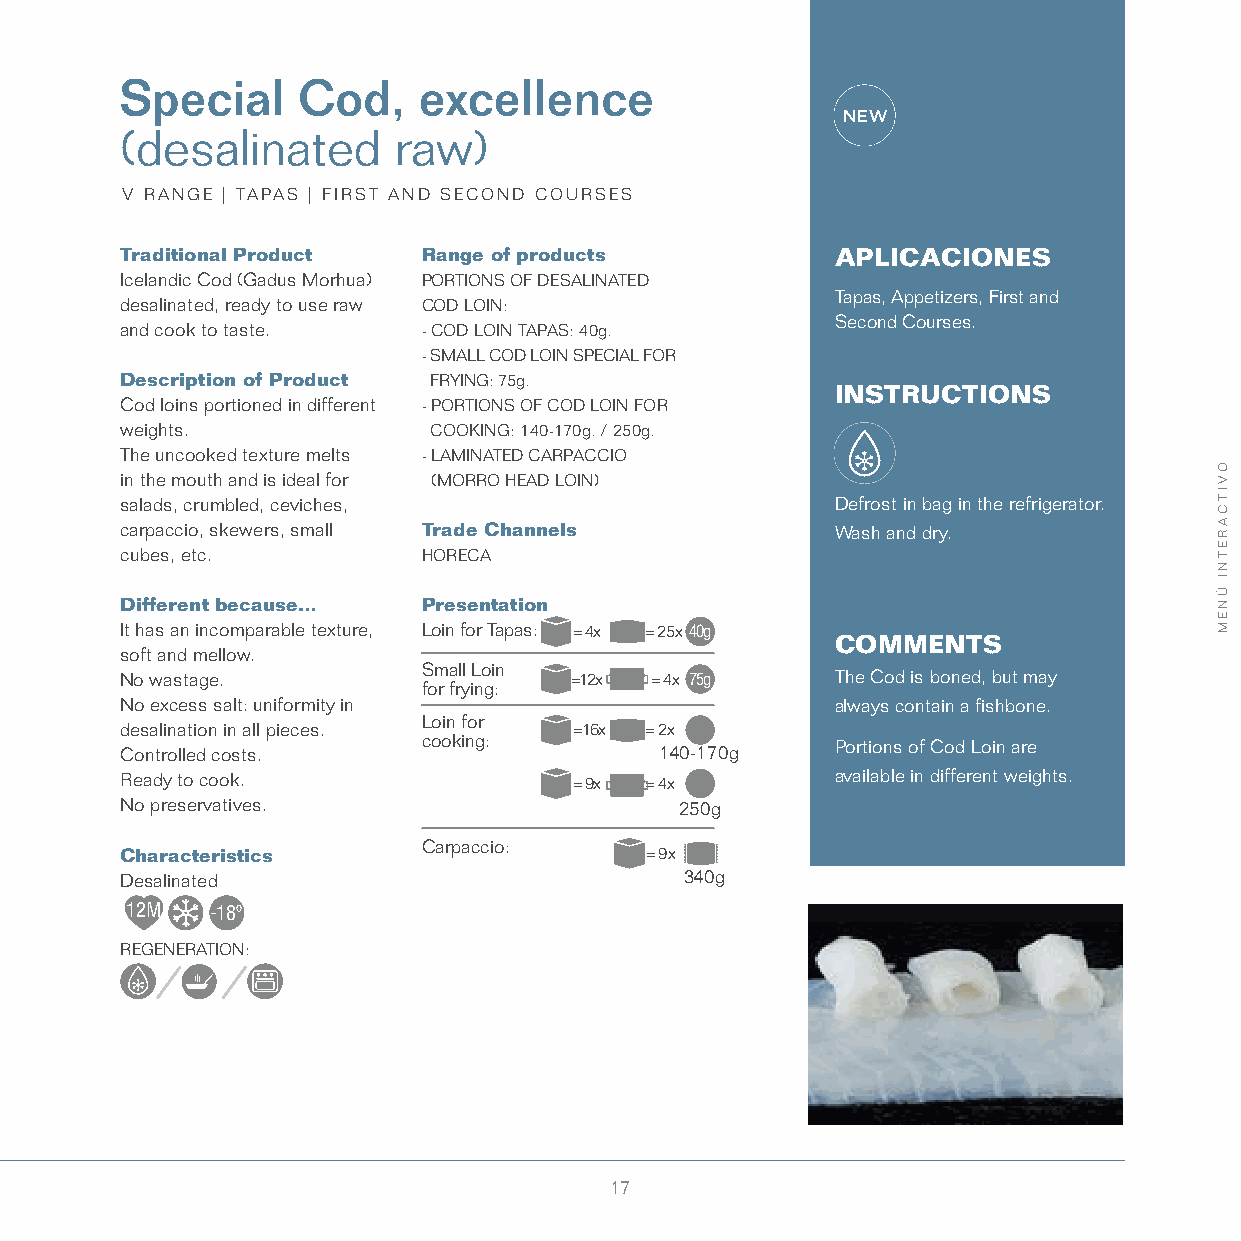
Special     Cod,    excellence
 (desalinated      raw)
 V RANGE | TAPAS | FIRST AND SECOND COURSES
 Traditional Product Range of products          APLICACIONES
 Icelandic Cod (Gadus Morhua) PORTIONS OF DESALINATED
 Tapas, Appetizers, First and
 desalinated, ready to use raw COD LOIN:
 Second Courses.
 and cook to taste.  - COD LOIN TAPAS: 40g.
 - SMALL COD LOIN SPECIAL FOR
 Description of Product FRYING: 75g.
 INSTRUCTIONS
 Cod loins portioned in different - PORTIONS OF COD LOIN FOR
 weights.             COOKING: 140-170g. / 250g.
 The uncooked texture melts - LAMINATED CARPACCIO
 in the mouth and is ideal for (MORRO HEAD LOIN)
 salads, crumbled, ceviches,                    Defrost in bag in the refrigerator.
 carpaccio, skewers, small Trade Channels       Wash and dry.
 cubes, etc.         HORECA
 Different because…  Presentation
 It has an incomparable texture, Loin for Tapas: = 4x = 25x 40g
 COMMENTS
 soft and mellow.
 Small Loin
 No wastage.                   =12x = 4x 75g    The Cod is boned, but may
 for frying:
 No excess salt: uniformity in                  always contain a fishbone.
 Loin for
 desalination in all pieces.   =16x = 2x
 cooking:                   Portions of Cod Loin are
 Controlled costs.                   140-170g
 Ready to cook.                = 9x = 4x        available in different weights.
 No preservatives.                    250g
 Carpaccio:
 Characteristics                    = 9x
 Desalinated                          340g
 12M   -18º
 REGENERATION:
 17
 OVITCARETNI
 ÚNEM